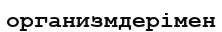
организмдерімен